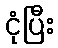
ငုံပြီး